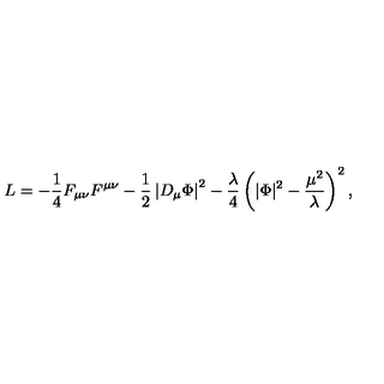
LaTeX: L = - { \frac { 1 } { 4 } } F _ { \mu \nu } F ^ { \mu \nu } - { \frac { 1 } { 2 } } \left| D _ { \mu } \Phi \right| ^ { 2 } - { \frac { \lambda } { 4 } } \left( | \Phi | ^ { 2 } - { \frac { \mu ^ { 2 } } { \lambda } } \right) ^ { 2 } ,